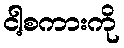
ငါ့စကားကို